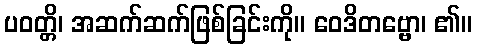
ပဝတ္တိ၊ အဆက်ဆက်ဖြစ်ခြင်းကို။ ဝေဒိတဗ္ဗော၊ ၏။